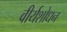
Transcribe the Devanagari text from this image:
वीर्यशोधन